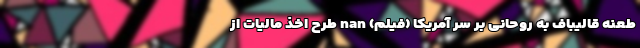
طعنه قالیباف به روحانی بر سر آمریکا (فیلم) nan طرح اخذ مالیات از